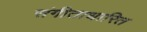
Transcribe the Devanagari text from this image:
संगीताधारित